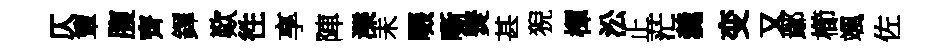
仄簟腹齊鐸歎徃享陣濼未啜嘶燹甚猊楎㳂止茫羹变又鄢櫛颯佐